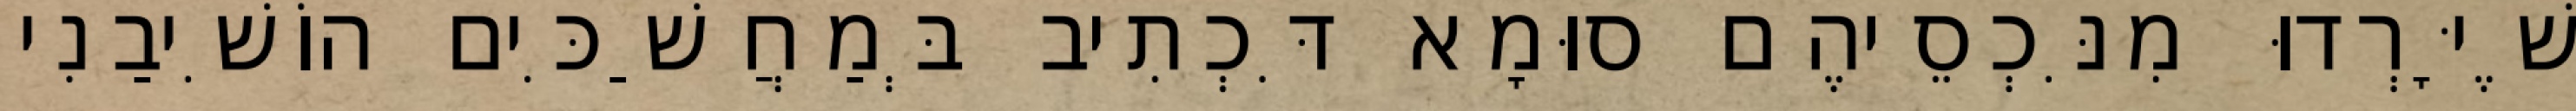
שֶׁיָּרְדוּ מִנִּכְסֵיהֶם סוּמָא דִּכְתִיב בְּמַחֲשַׁכִּים הוֹשִׁיבַנִי